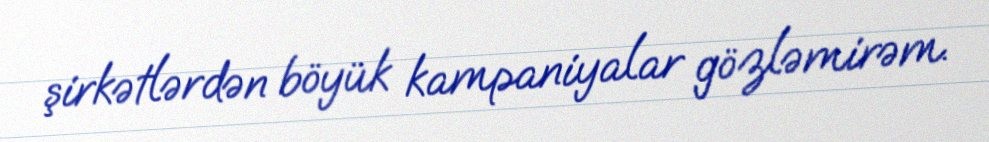
şirkətlərdən böyük kampaniyalar gözləmirəm.